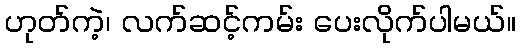
ဟုတ်ကဲ့၊ လက်ဆင့်ကမ်း ပေးလိုက်ပါမယ်။